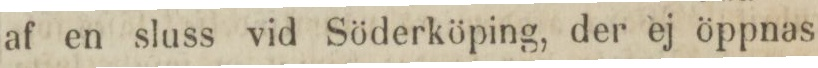
af en sluss vid Söderköping, der ej öppnas